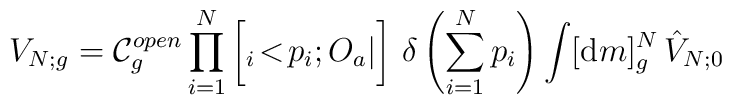
V_{N;g}= {\cal C}_{g}^{open} \prod_{i=1}^{N} \bigg[ {}_i\!<\!p_{i};O_{a}|\bigg] \,\,\delta  \left( \sum_{i=1}^{N} p_{i} \right) \int [{\mbox d}m]^{N}_{g}\,{\hat{V}}_{N;0}